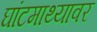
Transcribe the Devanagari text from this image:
घांटमाथ्यावर